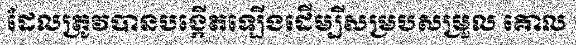
ដែលត្រូវបានបង្កើតឡើងដើម្បីសម្របសម្រួល គោល